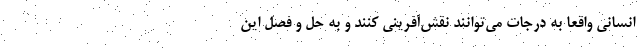
انسانی واقعا به درجات می‌توانند نقش‌آفرینی کنند و به حل و فصل این